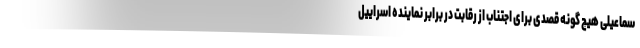
سماعیلی هیچ گونه قصدی برای اجتناب از رقابت در برابر نماینده اسراییل